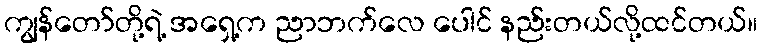
ကျွန်တော်တို့ရဲ့ အရှေ့က ညာဘက်လေ ပေါင် နည်းတယ်လို့ထင်တယ်။